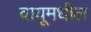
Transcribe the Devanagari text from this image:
वायूमधील